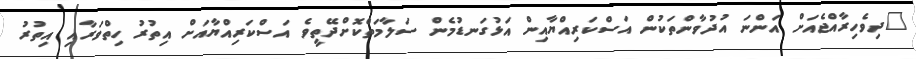
"ދިވެހިރާއްޖެއަށް އަންނަ އުދުވާންތަކުން އަސްކަރިއްޔާއިން އަޅުގަނޑުމެން ސަލާމަތްކޮށްދޭތީވެ އަސްކަރިއްޔާއަށް އިތުރު ހިތްވަރާއި އިތުރު